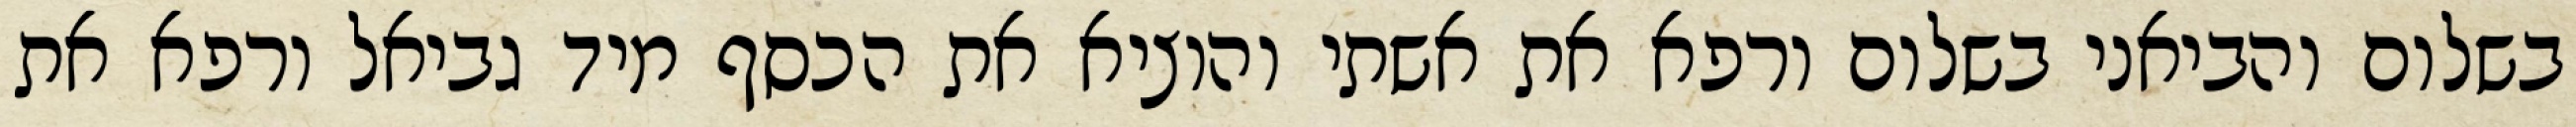
בשלום והביאני בשלום ורפא את אשתי והוציא את הכסף מיד גביאל ורפא את